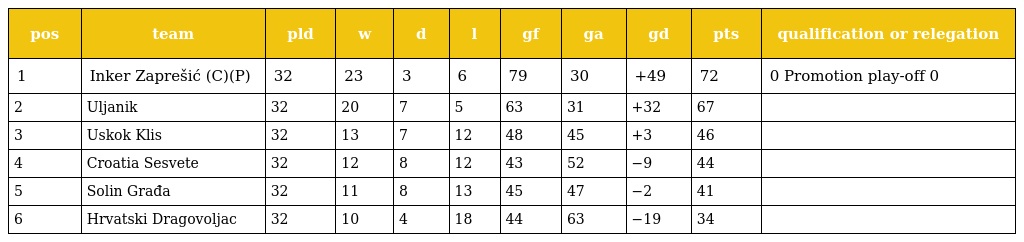
| pos | team | pld | w | d | l | gf | ga | gd | pts | qualification or relegation |
 | --- | --- | --- | --- | --- | --- | --- | --- | --- | --- | --- |
 | 1 | Inker Zaprešić (C)(P) | 32 | 23 | 3 | 6 | 79 | 30 | +49 | 72 | 0 Promotion play-off 0 |
 | 2 | Uljanik | 32 | 20 | 7 | 5 | 63 | 31 | +32 | 67 |  |
 | 3 | Uskok Klis | 32 | 13 | 7 | 12 | 48 | 45 | +3 | 46 |  |
 | 4 | Croatia Sesvete | 32 | 12 | 8 | 12 | 43 | 52 | −9 | 44 |  |
 | 5 | Solin Građa | 32 | 11 | 8 | 13 | 45 | 47 | −2 | 41 |  |
 | 6 | Hrvatski Dragovoljac | 32 | 10 | 4 | 18 | 44 | 63 | −19 | 34 |  |